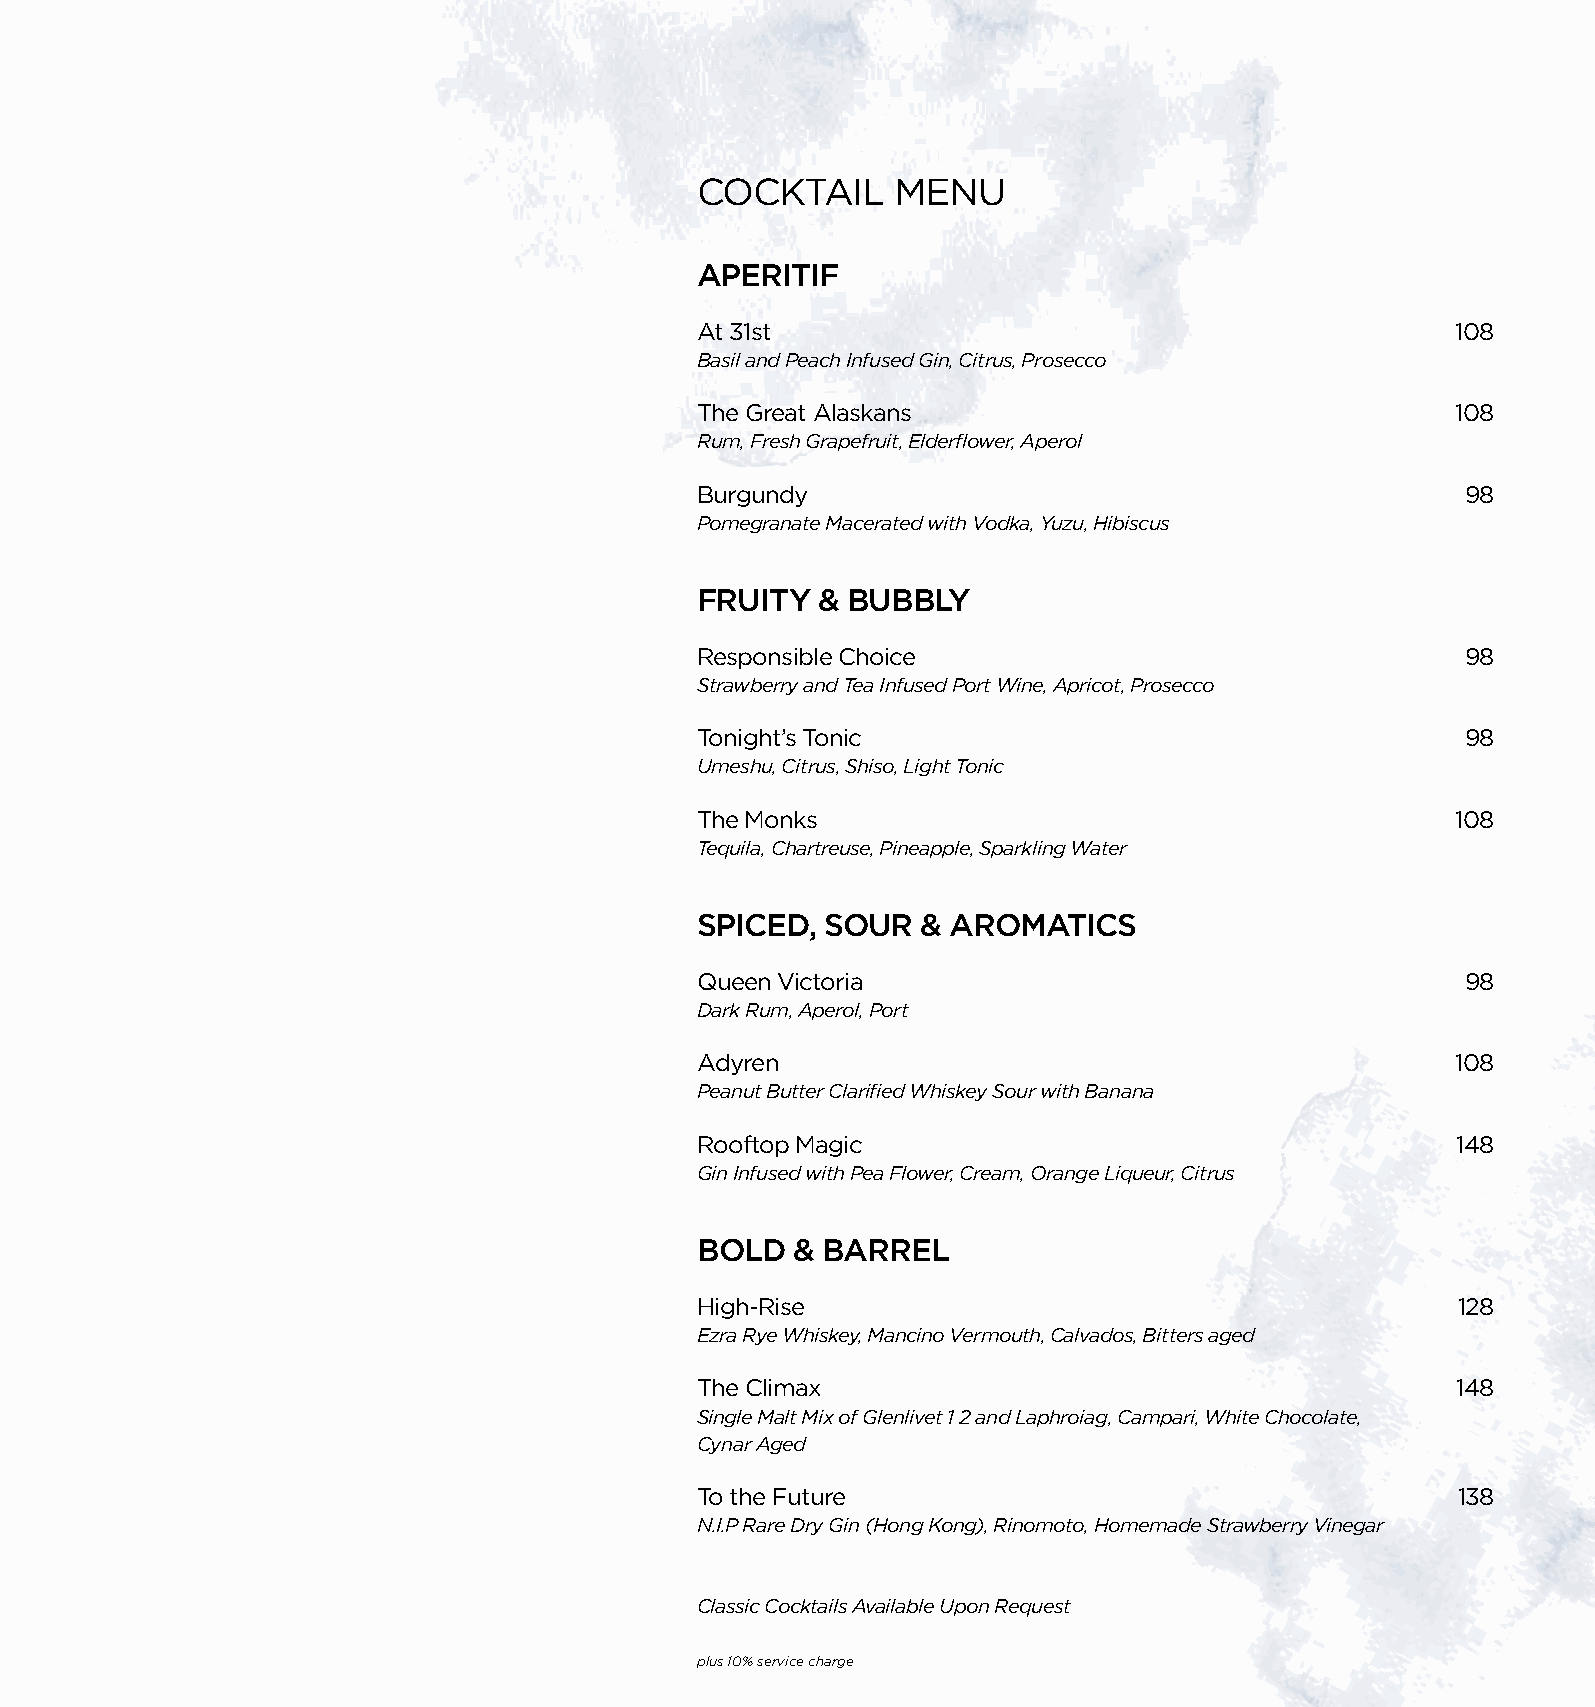
COCKTAIL     MENU
 APERITIF
 At 31st                                           108
 Basil and Peach Infused Gin, Citrus, Prosecco
 The Great Alaskans                                108
 Rum, Fresh Grapefruit, Elderflower, Aperol
 Burgundy                                           98
 Pomegranate Macerated with Vodka, Yuzu, Hibiscus
 FRUITY  & BUBBLY
 Responsible Choice                                 98
 Strawberry and Tea Infused Port Wine, Apricot, Prosecco
 Tonight’s Tonic                                    98
 Umeshu, Citrus, Shiso, Light Tonic
 The Monks                                         108
 Tequila, Chartreuse, Pineapple, Sparkling Water
 SPICED,  SOUR  & AROMATICS
 Queen Victoria                                     98
 Dark Rum, Aperol, Port
 Adyren                                            108
 Peanut Butter Clarified Whiskey Sour with Banana
 Rooftop Magic                                     148
 Gin Infused with Pea Flower, Cream, Orange Liqueur, Citrus
 BOLD   & BARREL
 High-Rise                                          128
 Ezra Rye Whiskey, Mancino Vermouth, Calvados, Bitters aged
 The Climax                                        148
 Single Malt Mix of Glenlivet 1 2 and Laphroiag, Campari, White Chocolate,
 Cynar Aged
 To the Future                                     138
 N.I.P Rare Dry Gin (Hong Kong), Rinomoto, Homemade Strawberry Vinegar
 Classic Cocktails Available Upon Request
 plus 10% service charge